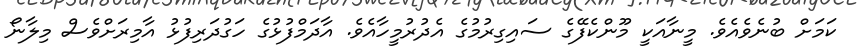
ކަމަށް ބުނެވެއެވެ. މީނާއަކީ މޫންކެފޭގެ ސައިގިރުމުގެ އެދުރުމީހާއެވެ. އާދަމްފުޅުގެ ހަގުދަރިފުޅު އާމިރަށްވެސް މިލާނޯ